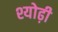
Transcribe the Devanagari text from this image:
श्योढ़ी